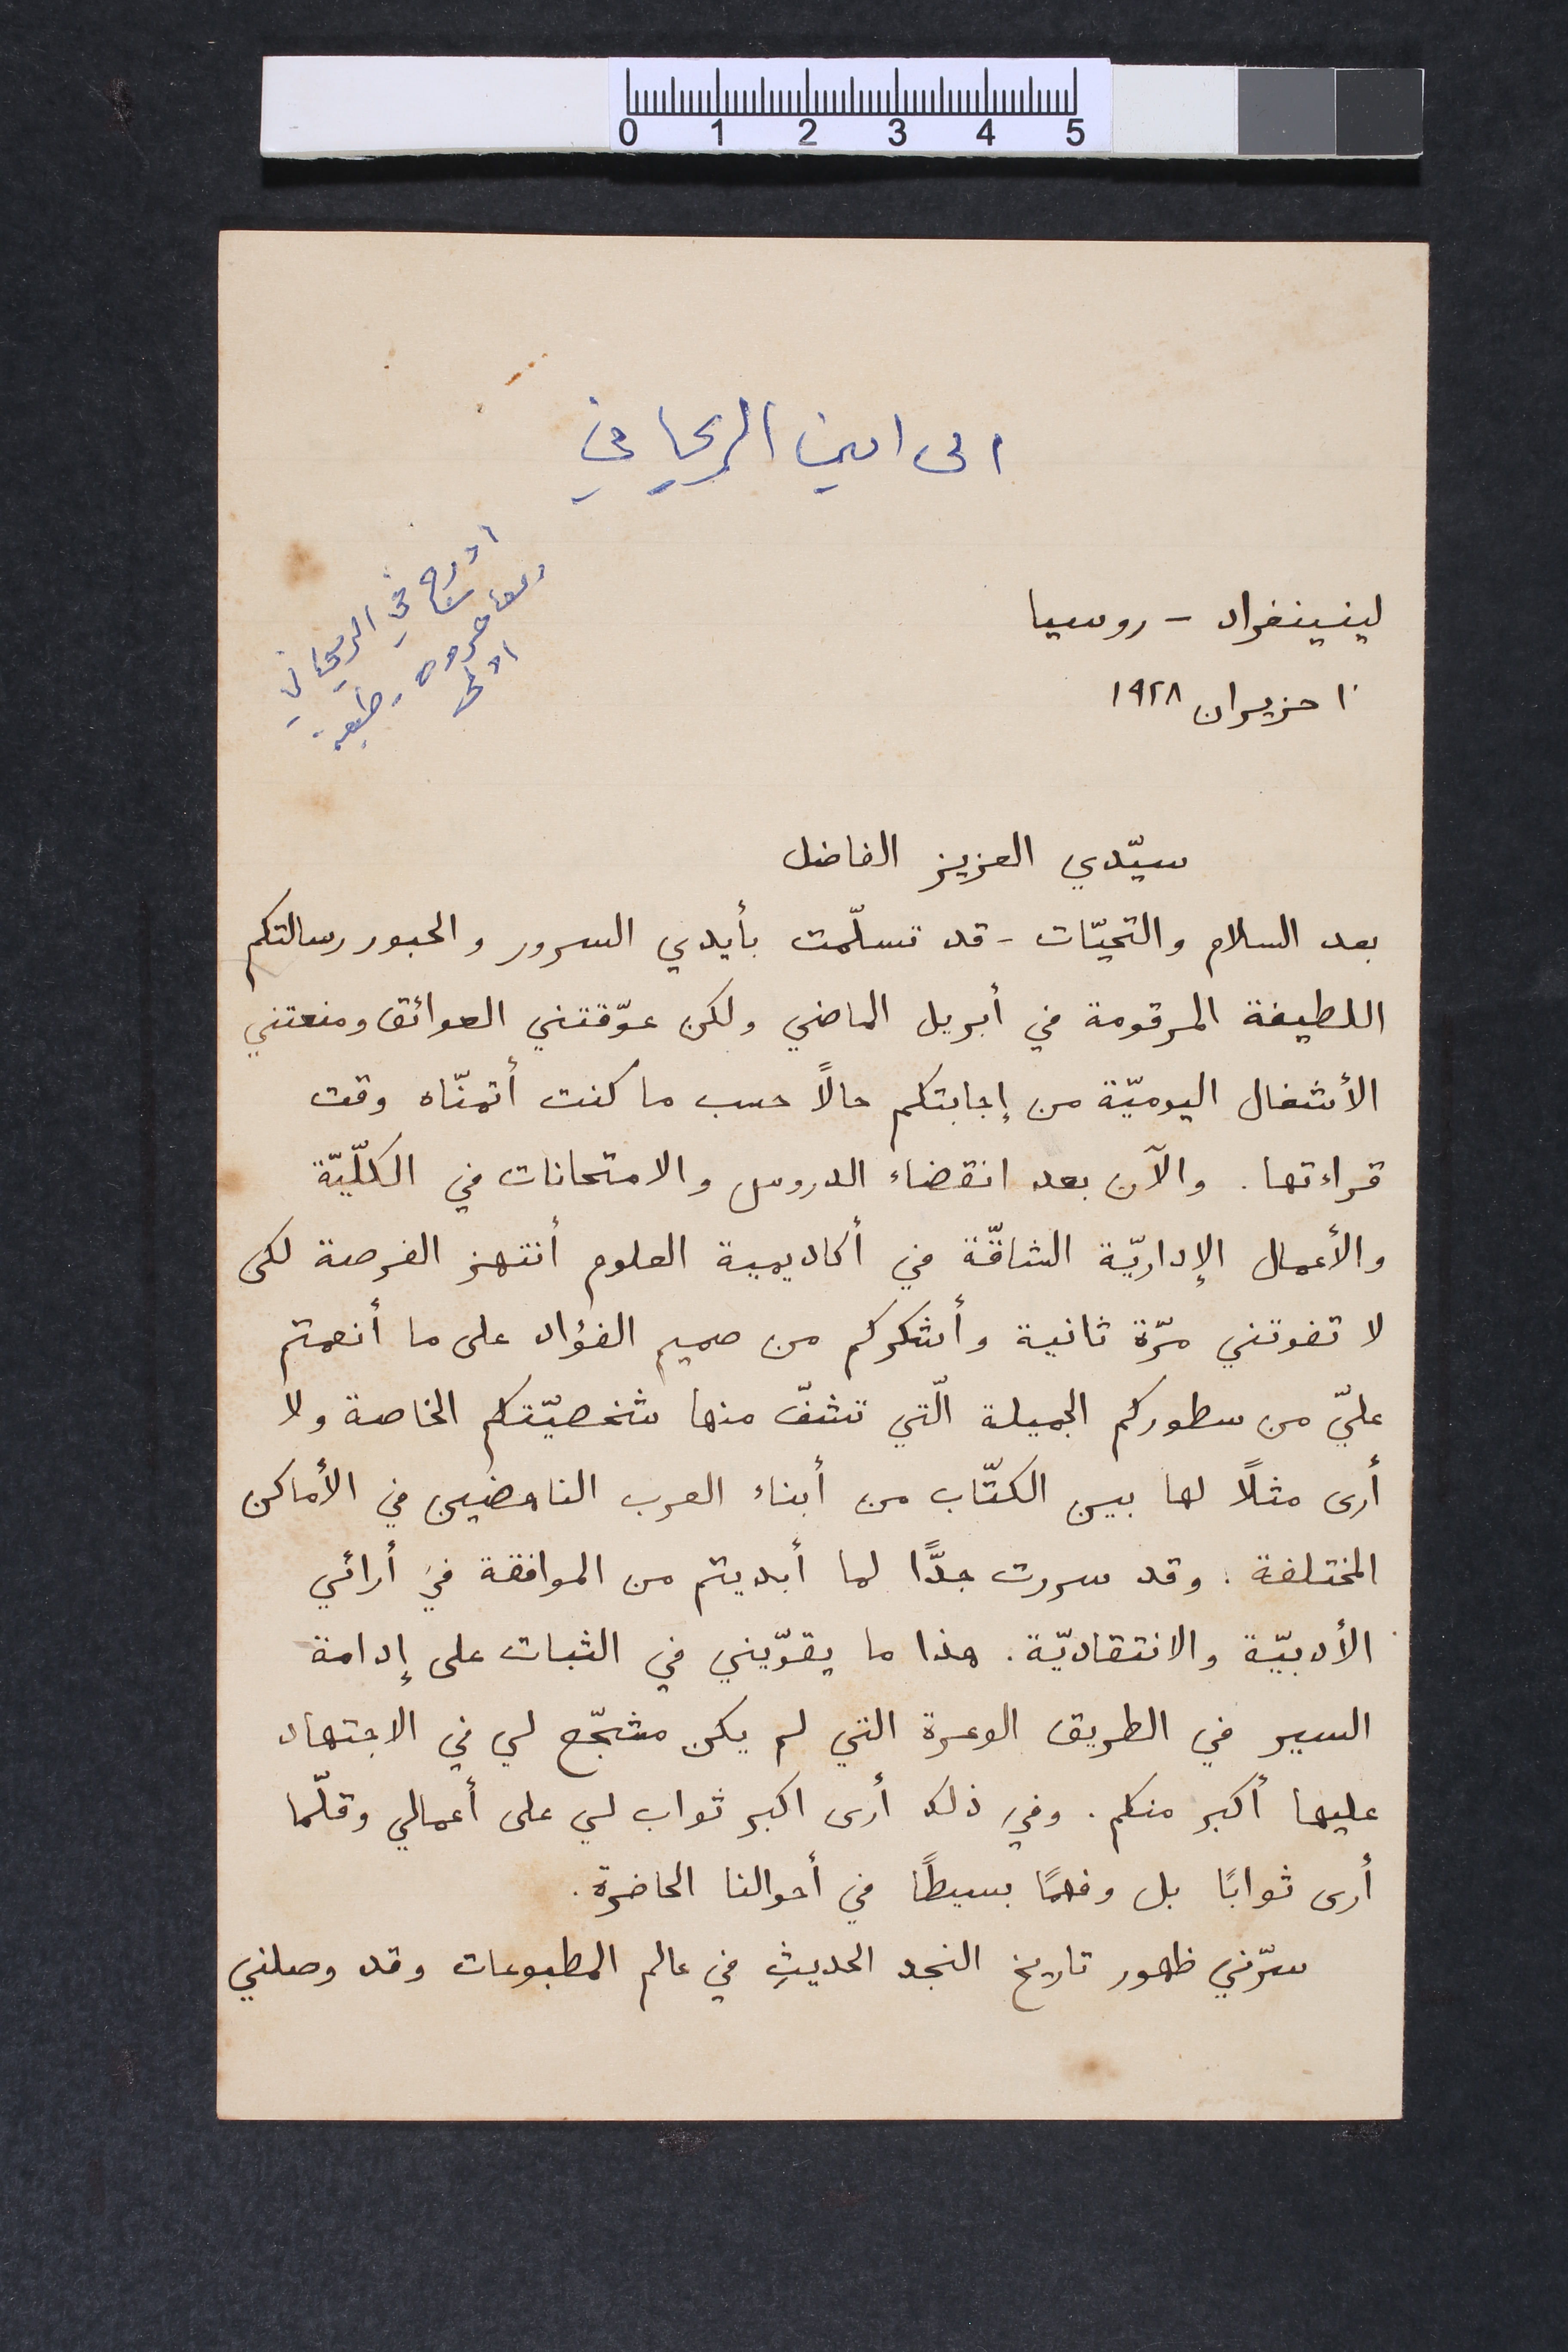
الى امين الريحاني
ادرج في الريحاني ومعاصروه 	طبعة اولى
لينينغراد – روسيا ١٠ حزيران ١٩٢٨
سيّدي العزيز الفاضل
بعد السلام والتحيّات - قد تسلّمت بأيدي السرور والحبور رسالتكم
اللطيفة المرقومة في أبريل الماضي ولكن عوّقتني العوائق ومنعتني
الأشغال اليوميّة من إجابتكم حالاً حسب ما كنت أتمنّاه وقت
قرأءتها. والآن بعد انقضاء الدروس والامتحانات في الكلّيّة
والأعمال الإداريّة الشاقّة في أكاديمية العلوم أنتهز الفرصة لكى
لا تفوتني مرّة ثانية وأشكركم من صميم الفؤاد على أنعمتم
عليّ من سطوركم الجميلة الّتي تشفّ منها شخصيّتكم الخاصة ولا
أرى مثلاً لها بين الكتّاب من أبناء العرب الناهضين في الأماكن
المختلفة. وقد سررت جدّاً لما أبديتم من الموافقة في أرائي
الأدبيّة والانتقاديّة. هذا ما يقوّيني في الثبات على إدامة
السير في الطريق الوعرة التي لم يكن مشجّع لي في الاجتهاد
عليها أكبر منكم. وفي ذلك أرى اكبر ثواب لي على أعمالي وقلّما
أرى ثواباً بل وفهماً بسيطاً في أحوالنا الحاضرة.
سرّني ظهور تاريخ النجد الحديثِ في عالم المطبوعات وقد وصلني